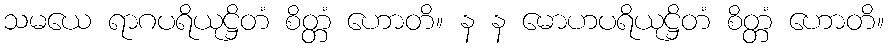
သမယေ ရာဂပရိယုဋ္ဌိတံ စိတ္တံ ဟောတိ။ န န မောဟပရိယုဋ္ဌိတံ စိတ္တံ ဟောတိ။